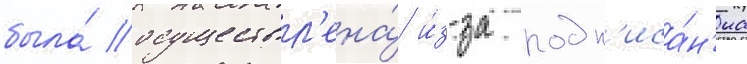
была́ осуществл'ена́ и́з-за подп'иса́н'иа